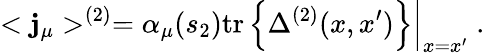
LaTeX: <\mathbf{j}_{\mu}>^{(2)}=\alpha_{\mu}(s_{2})\left.\mathrm{{tr}}\left\{ \Delta^{(2)}(x,x^{\prime})\right\} \right|_{x=x^{\prime}}\; .